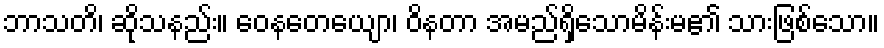
ဘာသတိ၊ ဆိုသနည်း။ ဝေနတေယျော၊ ဝိနတာ အမည်ရှိသောမိန်းမ၏ သားဖြစ်သော။